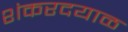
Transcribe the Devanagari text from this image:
शंकरदयाळ